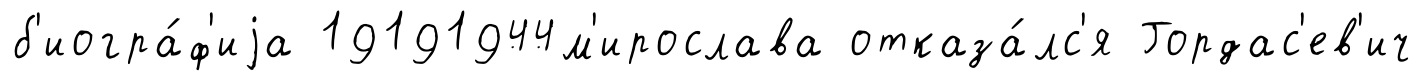
б'иогра́ф'иjа 19191944м'ирослава отказа́лс'я Гордас'ев'ич